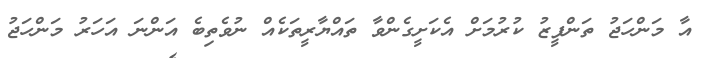
އާ މަންހަޖު ތަންފީޒު ކުރުމަށް އެކަށީގެންވާ ތައްޔާރީތަކެއް ނުވެތިބެ އަންނަ އަހަރު މަންހަޖު